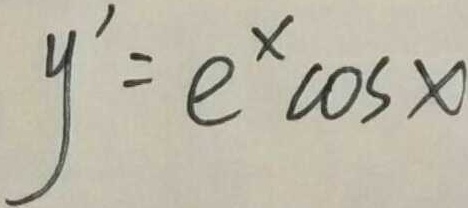
y ^ { \prime } = e ^ { x } \cos x